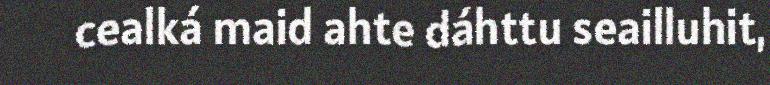
cealká maid ahte dáhttu seailluhit,